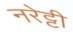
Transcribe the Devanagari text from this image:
नरेट्टी